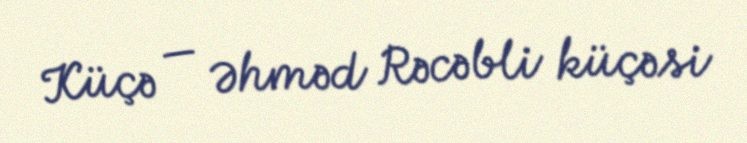
Küçə — Əhməd Rəcəbli küçəsi